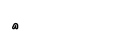
٧